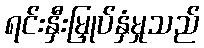
ရင်းနှီးမြှုပ်နှံမှုသည်